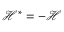
\mathcal { H } ^ { * } = - \mathcal { H }